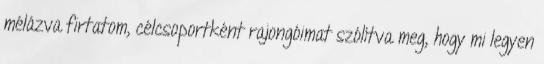
mélázva firtatom, célcsoportként rajongóimat szólítva meg, hogy mi legyen